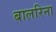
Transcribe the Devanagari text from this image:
बालरिना